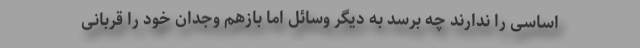
اساسی را ندارند چه برسد به دیگر وسائل اما بازهم وجدان خود را قربانی